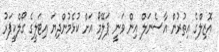
އޮޒިލްގެ އިތުރުން އާސެނަލް އިން ވަނީ ޕަލޭމޯ އަށް ކުޅެމުންދިޔަ އިޓަލީގެ ގޯލްކީޕަރު